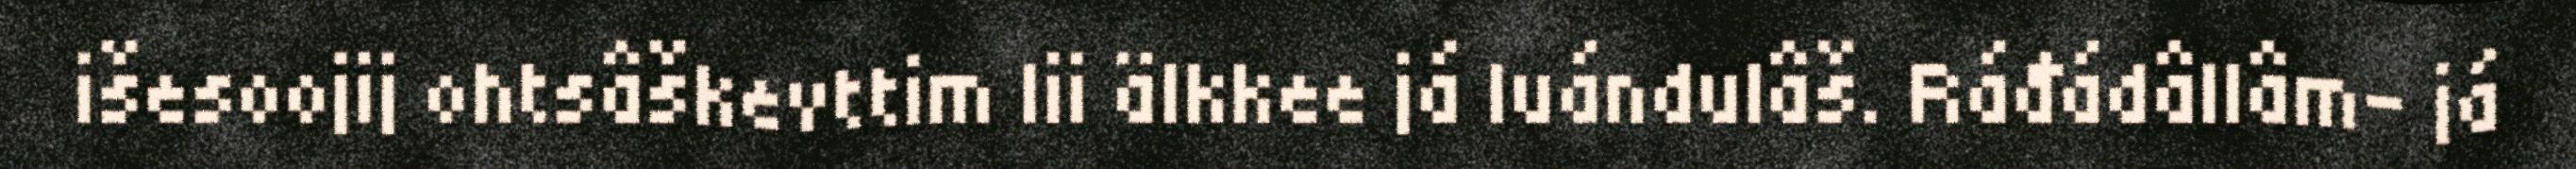
išesoojij ohtsâškevttim lii älkkee já luándulâš. Ráđádâllâm- já